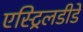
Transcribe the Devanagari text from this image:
एस्ट्रिलडीडे